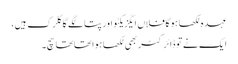
عہدہ لکھا ہوگا فلاں ایگزیکٹو اور پتا لگے گا کلرک ہیں،
ایک نے تو ڈائرکٹر بھی لکھا ہوا تھا تھا سچ۔